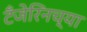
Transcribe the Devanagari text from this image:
टँजेरिनच्या